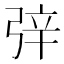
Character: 㢹